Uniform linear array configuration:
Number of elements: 48
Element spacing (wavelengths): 1
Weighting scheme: hann
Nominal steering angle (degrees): -45
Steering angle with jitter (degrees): -44.453
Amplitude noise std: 0.05
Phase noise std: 0.05

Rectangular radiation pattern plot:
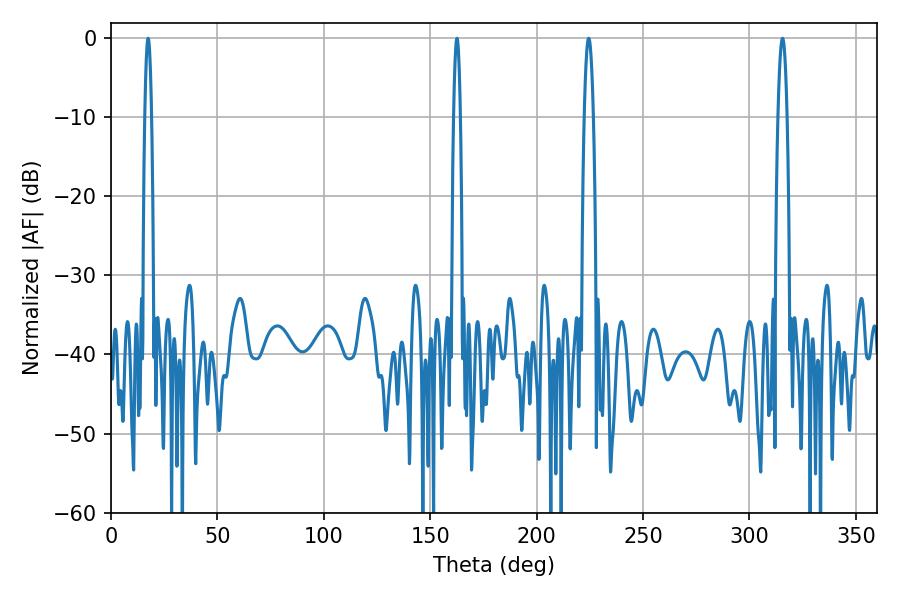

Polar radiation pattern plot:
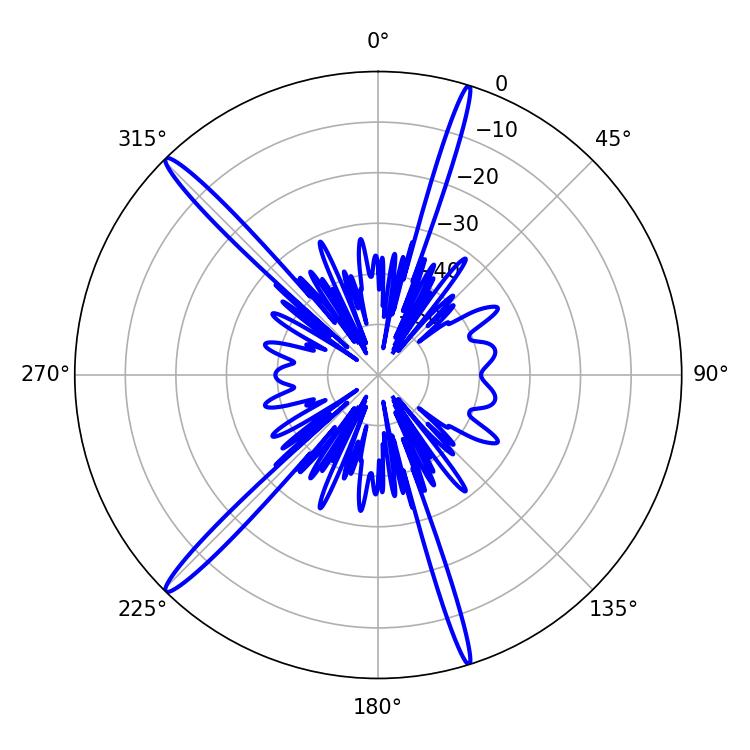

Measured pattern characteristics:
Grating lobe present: TRUE
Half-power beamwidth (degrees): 2.16
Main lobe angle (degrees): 224.46